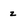
Character: Z